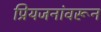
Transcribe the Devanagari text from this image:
प्रियजनांवरून